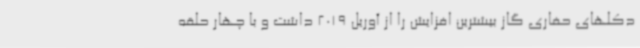
دکلهای حفاری گاز بیشترین افزایش را از آوریل 2019 داشت و با چهار حلقه